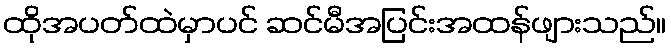
ထိုအပတ်ထဲမှာပင် ဆင်မီအပြင်းအထန်ဖျားသည်။